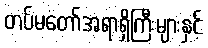
တပ်မတော်အရာရှိကြီးများနှင့်